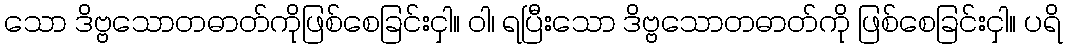
သော ဒိဗ္ဗသောတဓာတ်ကိုဖြစ်စေခြင်းငှါ။ ဝါ၊ ရပြီးသော ဒိဗ္ဗသောတဓာတ်ကို ဖြစ်စေခြင်းငှါ။ ပရိ